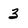
Character: 3